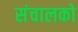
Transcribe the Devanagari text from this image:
संचालको